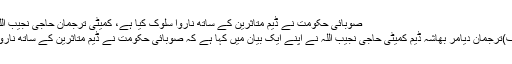
صوبائی حکومت نے ڈیم متاثرین کے ساتھ ناروا سلوک کیا ہے، کمیٹی ترجمان حاجی نجیب اللہ – پامیر ٹائمز
چلاس(بیوروچیف)ترجمان دیامر بھاشہ ڈیم کمیٹی حاجی نجیب اللہ نے اپنے ایک بیان میں کہا ہے کہ صوبائی حکومت نے ڈیم متاثرین کے ساتھ ناروا سلوک کیا ہے۔